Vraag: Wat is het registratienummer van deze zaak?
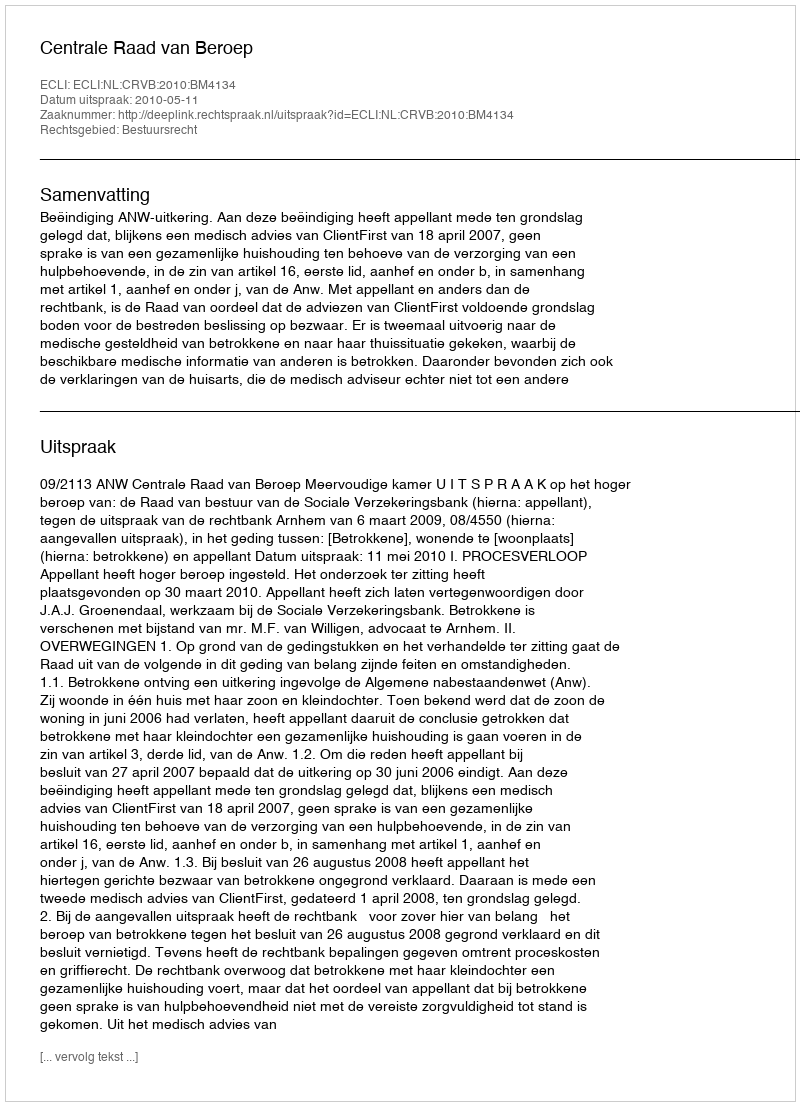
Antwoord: http://deeplink.rechtspraak.nl/uitspraak?id=ECLI:NL:CRVB:2010:BM4134